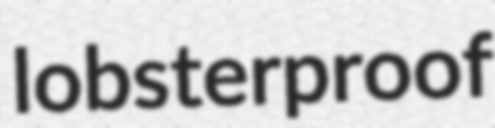
lobsterproof